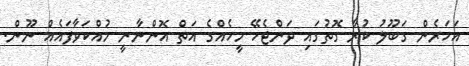
އަަހަރެން ގަބޫލު ކުރާ ގޮތުގައި ދަންޖެހޭ މީހެއްގެ އަތް އޮންނާނީ މުއްކަވާފައެއް ނޫން.